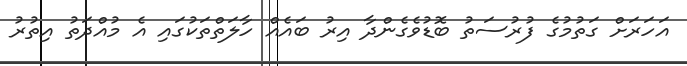
އަހަރަށް ގަތުމުގެ ފުރުސަތު ބޮޑުވެގެންދާ އިރު ބައެއް ހާލަތްތަކުގައި އެ މުއްދަތު އިތުރު